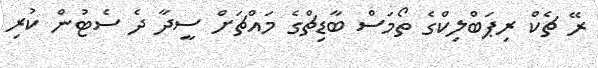
ރޭ ޗެކް ރިޕަބްލިކްގެ ތޯމަސް ބާޑިޗްގެ މައްޗަށް ސީދާ ދެ ސެޓުން ކުރި